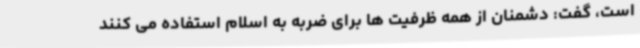
است، گفت: دشمنان از همه ظرفیت ها برای ضربه به اسلام استفاده می کنند